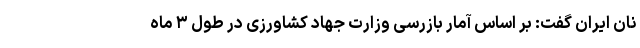
نان ایران گفت: بر اساس آمار بازرسی وزارت جهاد کشاورزی در طول ۳ ماه